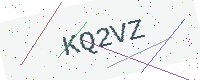
Text: KQ2VZ